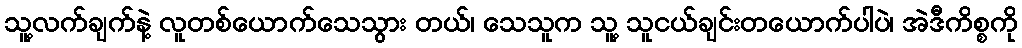
သူ့လက်ချက်နဲ့ လူတစ်ယောက်သေသွား တယ်၊ သေသူက သူ့ သူငယ်ချင်းတယောက်ပါပဲ၊ အဲဒီကိစ္စကို